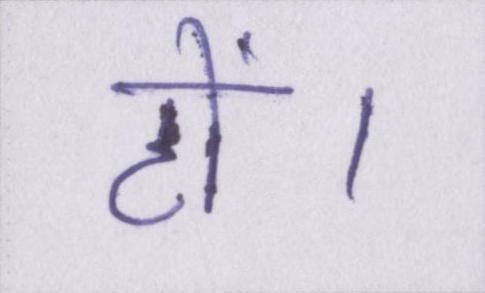
हों।